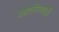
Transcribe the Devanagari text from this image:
आलोपयाठी